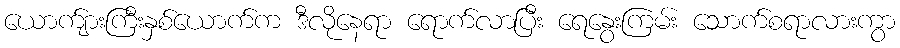
ယောက်ျားကြီးနှစ်ယောက်က ဒီလိုနေရာ ရောက်လာပြီး ရေနွေးကြမ်း သောက်စရာလားကွာ